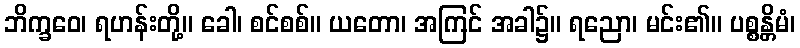
ဘိက္ခဝေ၊ ရဟန်းတို့။ ခေါ၊ စင်စစ်။ ယတော၊ အကြင် အခါ၌။ ရညော၊ မင်း၏။ ပစ္စန္တိမံ၊